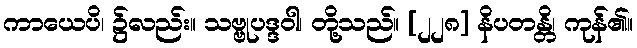
ကာယေပိ၊ ၌လည်း။ သဗ္ဗုပဒ္ဒဝါ၊ တို့သည်။ [၂၂၈] နိပတန္တိ၊ ကုန်၏။